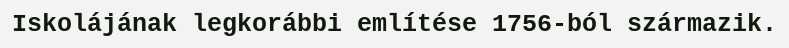
Iskolájának legkorábbi említése 1756-ból származik.